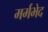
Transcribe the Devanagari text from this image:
मर्मभेद